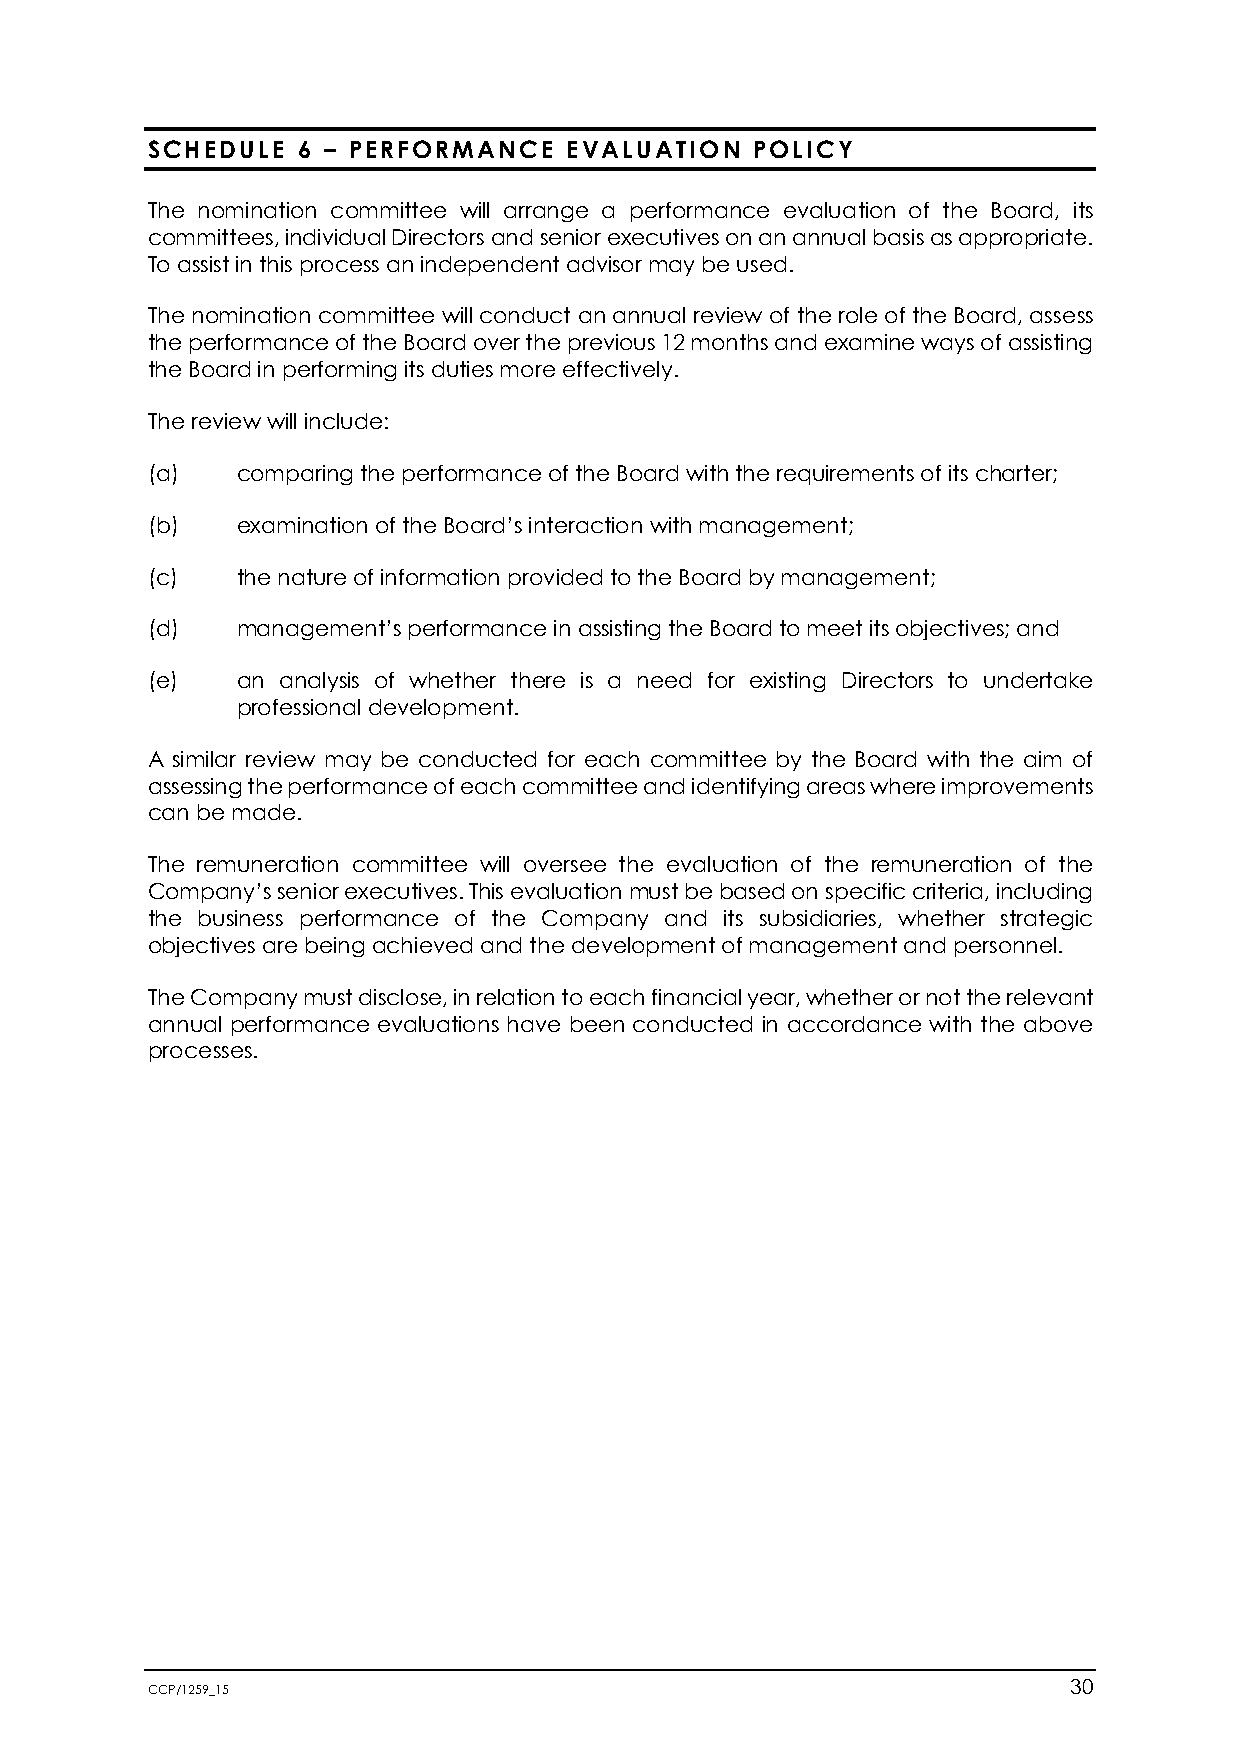
SCHEDULE  6 – PERFORMANCE   EVALUATION  POLICY
 The nomination committee will arrange a performance evaluation of the Board, its
 committees, individual Directors and senior executives on an annual basis as appropriate.
 To assist in this process an independent advisor may be used.
 The nomination committee will conduct an annual review of the role of the Board, assess
 the performance of the Board over the previous 12 months and examine ways of assisting
 the Board in performing its duties more effectively.
 The review will include:
 (a)   comparing the performance of the Board with the requirements of its charter;
 (b)   examination of the Board’s interaction with management;
 (c)   the nature of information provided to the Board by management;
 (d)   management’s performance in assisting the Board to meet its objectives; and
 (e)   an analysis of whether there is a need for existing Directors to undertake
 professional development.
 A similar review may be conducted for each committee by the Board with the aim of
 assessing the performance of each committee and identifying areas where improvements
 can be made.
 The remuneration committee will oversee the evaluation of the remuneration of the
 Company’s senior executives. This evaluation must be based on specific criteria, including
 the business performance of the Company and its subsidiaries, whether strategic
 objectives are being achieved and the development of management and personnel.
 The Company must disclose, in relation to each financial year, whether or not the relevant
 annual performance evaluations have been conducted in accordance with the above
 processes.
 CCP/1259_15                                                  30